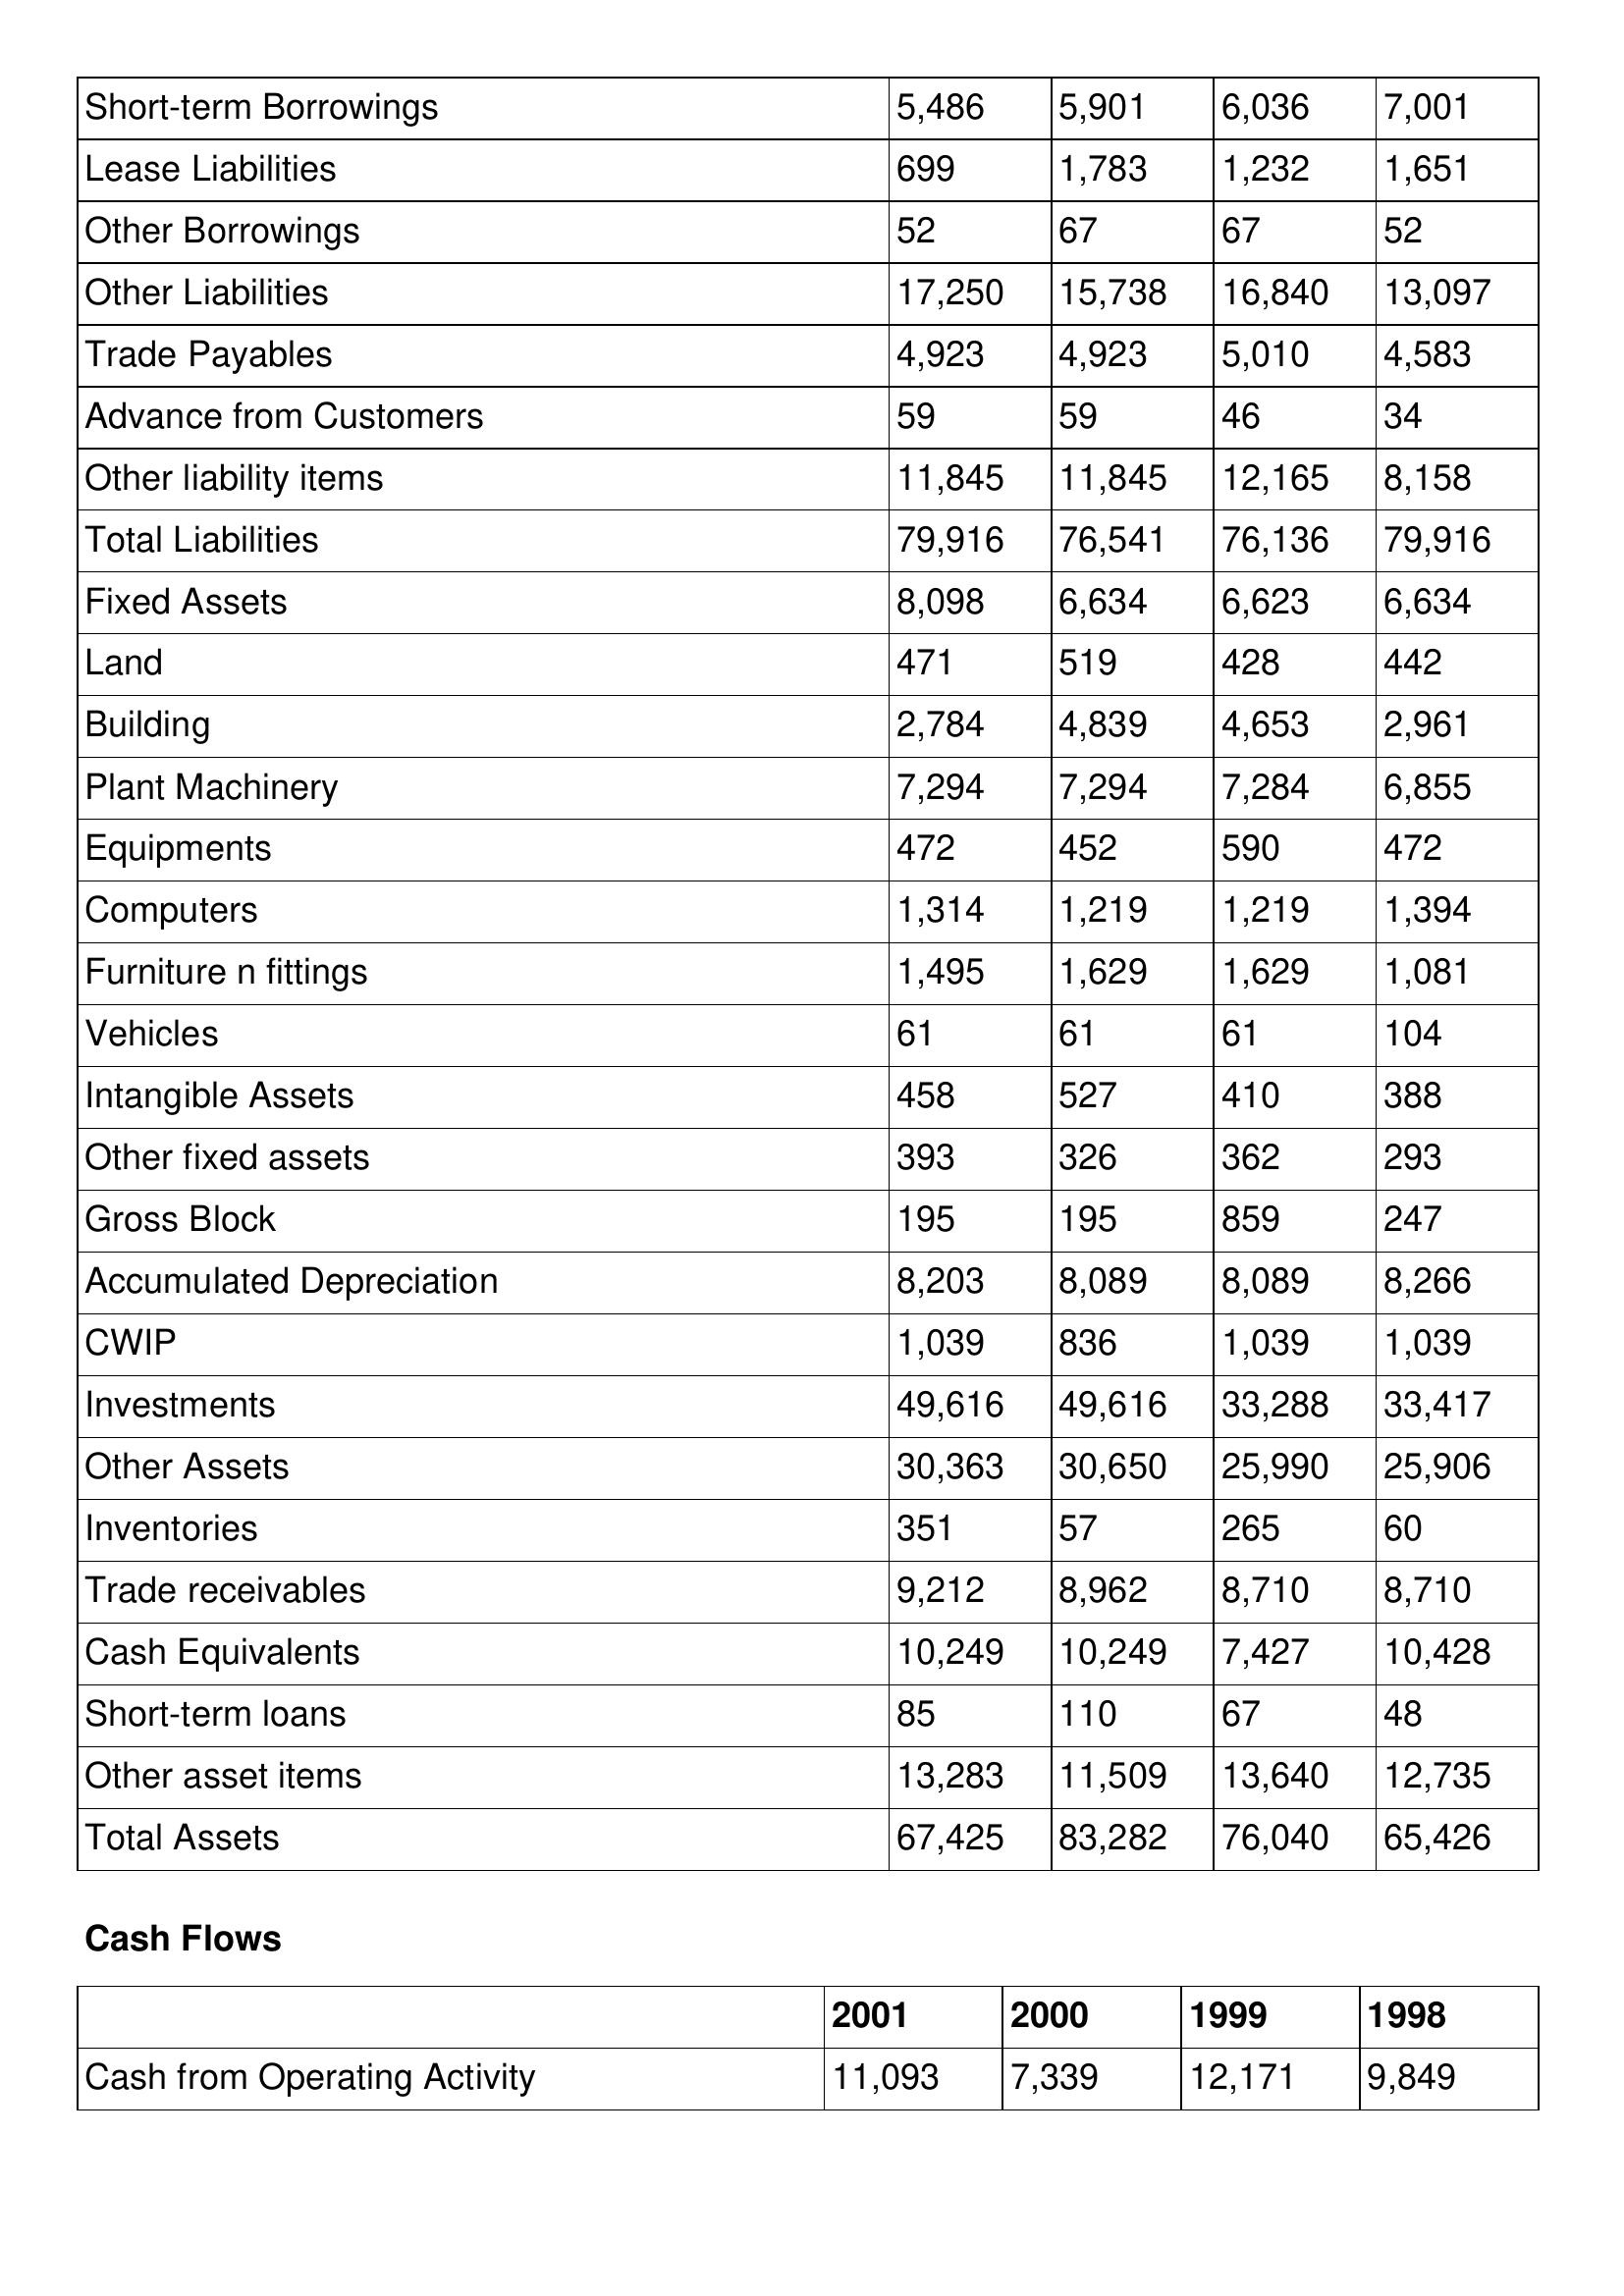
gt_parse: 2001: Balance Sheet: Short-term Borrowings: 5,486
Lease Liabilities: 699
Other Borrowings: 52
Other Liabilities: 17,250
Trade Payables: 4,923
Advance from Customers: 59
Other liability items: 11,845
Total Liabilities: 79,916
Fixed Assets: 8,098
Land: 471
Building: 2,784
Plant Machinery: 7,294
Equipments: 472
Computers: 1,314
Furniture n fittings: 1,495
Vehicles: 61
Intangible Assets: 458
Other fixed assets: 393
Gross Block: 195
Accumulated Depreciation: 8,203
CWIP: 1,039
Investments: 49,616
Other Assets: 30,363
Inventories: 351
Trade receivables: 9,212
Cash Equivalents: 10,249
Short-term loans: 85
Other asset items: 13,283
Total Assets: 67,425
Cash Flows: Cash from Operating Activity: 11,093
2000: Balance Sheet: Short-term Borrowings: 5,901
Lease Liabilities: 1,783
Other Borrowings: 67
Other Liabilities: 15,738
Trade Payables: 4,923
Advance from Customers: 59
Other liability items: 11,845
Total Liabilities: 76,541
Fixed Assets: 6,634
Land: 519
Building: 4,839
Plant Machinery: 7,294
Equipments: 452
Computers: 1,219
Furniture n fittings: 1,629
Vehicles: 61
Intangible Assets: 527
Other fixed assets: 326
Gross Block: 195
Accumulated Depreciation: 8,089
CWIP: 836
Investments: 49,616
Other Assets: 30,650
Inventories: 57
Trade receivables: 8,962
Cash Equivalents: 10,249
Short-term loans: 110
Other asset items: 11,509
Total Assets: 83,282
Cash Flows: Cash from Operating Activity: 7,339
1999: Balance Sheet: Short-term Borrowings: 6,036
Lease Liabilities: 1,232
Other Borrowings: 67
Other Liabilities: 16,840
Trade Payables: 5,010
Advance from Customers: 46
Other liability items: 12,165
Total Liabilities: 76,136
Fixed Assets: 6,623
Land: 428
Building: 4,653
Plant Machinery: 7,284
Equipments: 590
Computers: 1,219
Furniture n fittings: 1,629
Vehicles: 61
Intangible Assets: 410
Other fixed assets: 362
Gross Block: 859
Accumulated Depreciation: 8,089
CWIP: 1,039
Investments: 33,288
Other Assets: 25,990
Inventories: 265
Trade receivables: 8,710
Cash Equivalents: 7,427
Short-term loans: 67
Other asset items: 13,640
Total Assets: 76,040
Cash Flows: Cash from Operating Activity: 12,171
1998: Balance Sheet: Short-term Borrowings: 7,001
Lease Liabilities: 1,651
Other Borrowings: 52
Other Liabilities: 13,097
Trade Payables: 4,583
Advance from Customers: 34
Other liability items: 8,158
Total Liabilities: 79,916
Fixed Assets: 6,634
Land: 442
Building: 2,961
Plant Machinery: 6,855
Equipments: 472
Computers: 1,394
Furniture n fittings: 1,081
Vehicles: 104
Intangible Assets: 388
Other fixed assets: 293
Gross Block: 247
Accumulated Depreciation: 8,266
CWIP: 1,039
Investments: 33,417
Other Assets: 25,906
Inventories: 60
Trade receivables: 8,710
Cash Equivalents: 10,428
Short-term loans: 48
Other asset items: 12,735
Total Assets: 65,426
Cash Flows: Cash from Operating Activity: 9,849